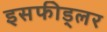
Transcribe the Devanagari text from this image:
इसफीड्लर